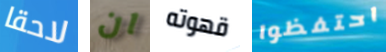
لاحقا ان قهوته احتفظوا